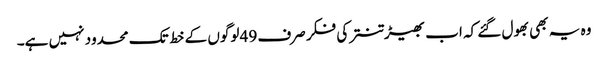
وہ یہ بھی بھول گئے کہ اب بھیڑ تنتر کی فکر صرف 49 لوگوں کے خط تک محدود نہیں ہے۔